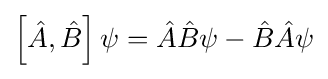
\left[{\hat {A}},{\hat {B}}\right]\psi ={\hat {A}}{\hat {B}}\psi -{\hat {B}}{\hat {A}}\psi